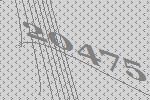
20475